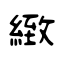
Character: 緻